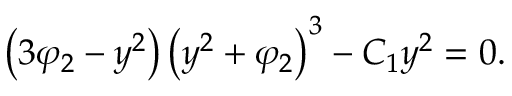
\left( 3 \varphi _ { 2 } - y ^ { 2 } \right) \left( y ^ { 2 } + \varphi _ { 2 } \right) ^ { 3 } - C _ { 1 } y ^ { 2 } = 0 .